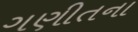
ગણીતના